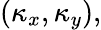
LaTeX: (\kappa_{x},\kappa_{y}),